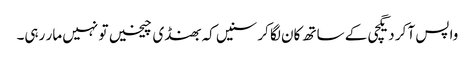
واپس آ کر دیگچی کے ساتھ کان لگا کر سنیں کہ بھنڈی چیخیں تو نہیں مار رہی۔